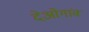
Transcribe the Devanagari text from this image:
देओगांव